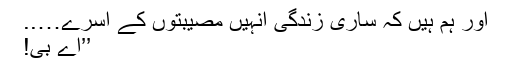
اور ہم ہیں کہ ساری زندگی انہیں مصیبتوں کے آسرے…..
’’اے بی!